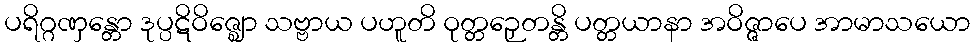
ပရိဂ္ဂဏှန္တော ဒုပ္ပဋိဝိဇ္ဈော သဗ္ဗာယ ပဟူတိ ဝုတ္တဉှေတန္တိ ပတ္တယာနာ အဝိဇ္ဇာပေ အာမာသယော